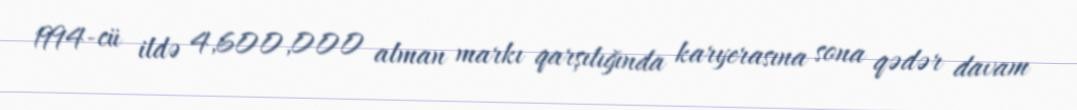
1994-cü ildə 4,600,000 alman markı qarşılığında karyerasına sona qədər davam